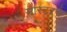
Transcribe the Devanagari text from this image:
मास्टरचे